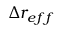
\Delta r _ { e f f }